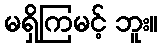
မရှိကြမင့် ဘူး။